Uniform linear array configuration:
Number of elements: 4
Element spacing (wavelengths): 0.75
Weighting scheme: kaiser
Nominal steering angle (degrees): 30
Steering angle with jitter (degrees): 29.614
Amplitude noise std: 0.05
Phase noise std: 0.05

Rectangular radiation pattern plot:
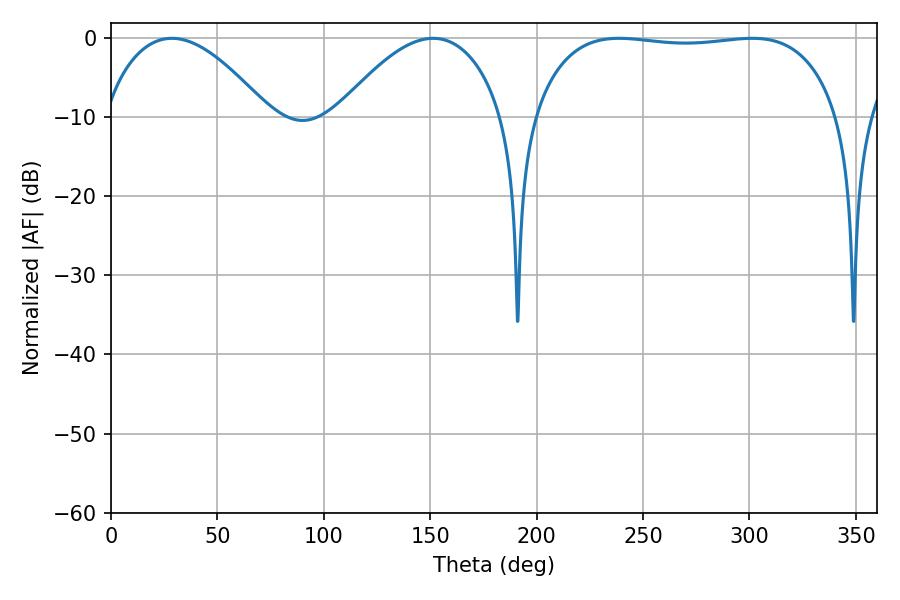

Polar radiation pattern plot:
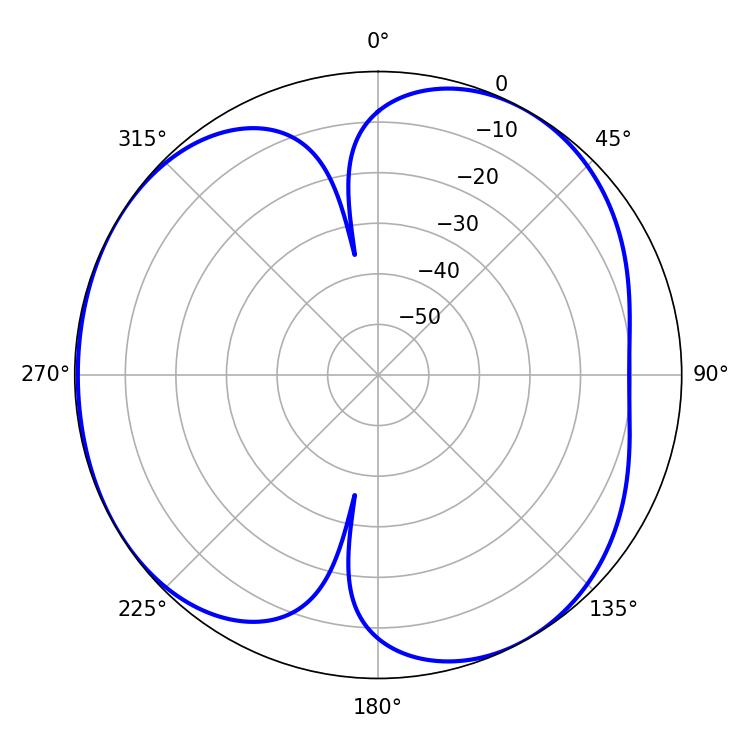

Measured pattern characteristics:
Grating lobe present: TRUE
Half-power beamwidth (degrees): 43.02
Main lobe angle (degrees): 28.62